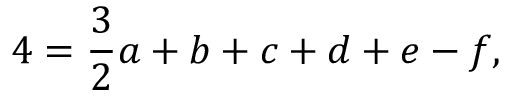
4 = { \frac { 3 } { 2 } } a + b + c + d + e - f ,